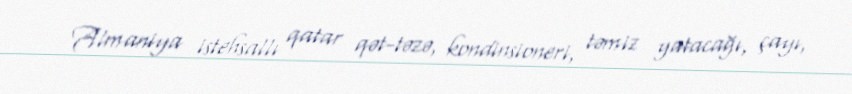
Almaniya istehsallı qatar qət-təzə, kondinsioneri, təmiz yatacağı, çayı,